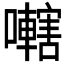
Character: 𫬭